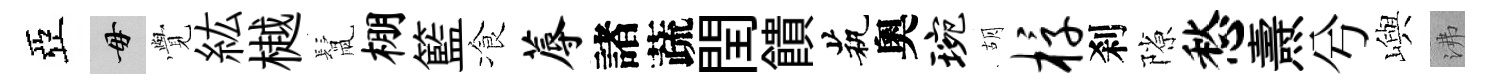
亞毋𮗜紘樾鬛棚籃飡蓐諸蔬閏饋茕奧琬胡椁刹隙愁燾兮嶼沸